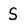
Character: s